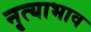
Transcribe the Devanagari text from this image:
नृत्याभाव